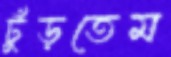
ঢুঁড়তেম